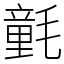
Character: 氃